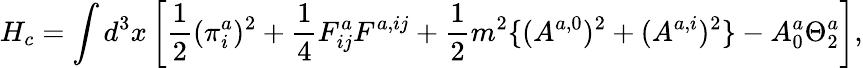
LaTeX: H_{c}=\int d^{3}x\left[\frac{1}{2}(\pi_{i}^{a})^{2}+\frac{1}{4}F_{ij}^{a}F^{a,ij}+\frac{1}{2}m^{2}\{ (A^{a,0})^{2}+(A^{a,i})^{2}\} -A_{0}^{a}\Theta_{2}^{a}\right],